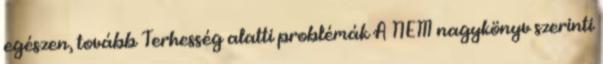
egészen, tovább Terhesség alatti problémák A NEM nagykönyv szerinti